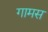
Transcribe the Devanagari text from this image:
गामस